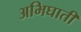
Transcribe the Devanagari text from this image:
अभिघाती